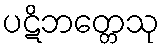
ပဋိဘတ္တေသု